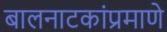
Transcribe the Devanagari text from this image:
बालनाटकांप्रमाणे